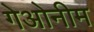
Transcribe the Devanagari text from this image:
गेओनीम